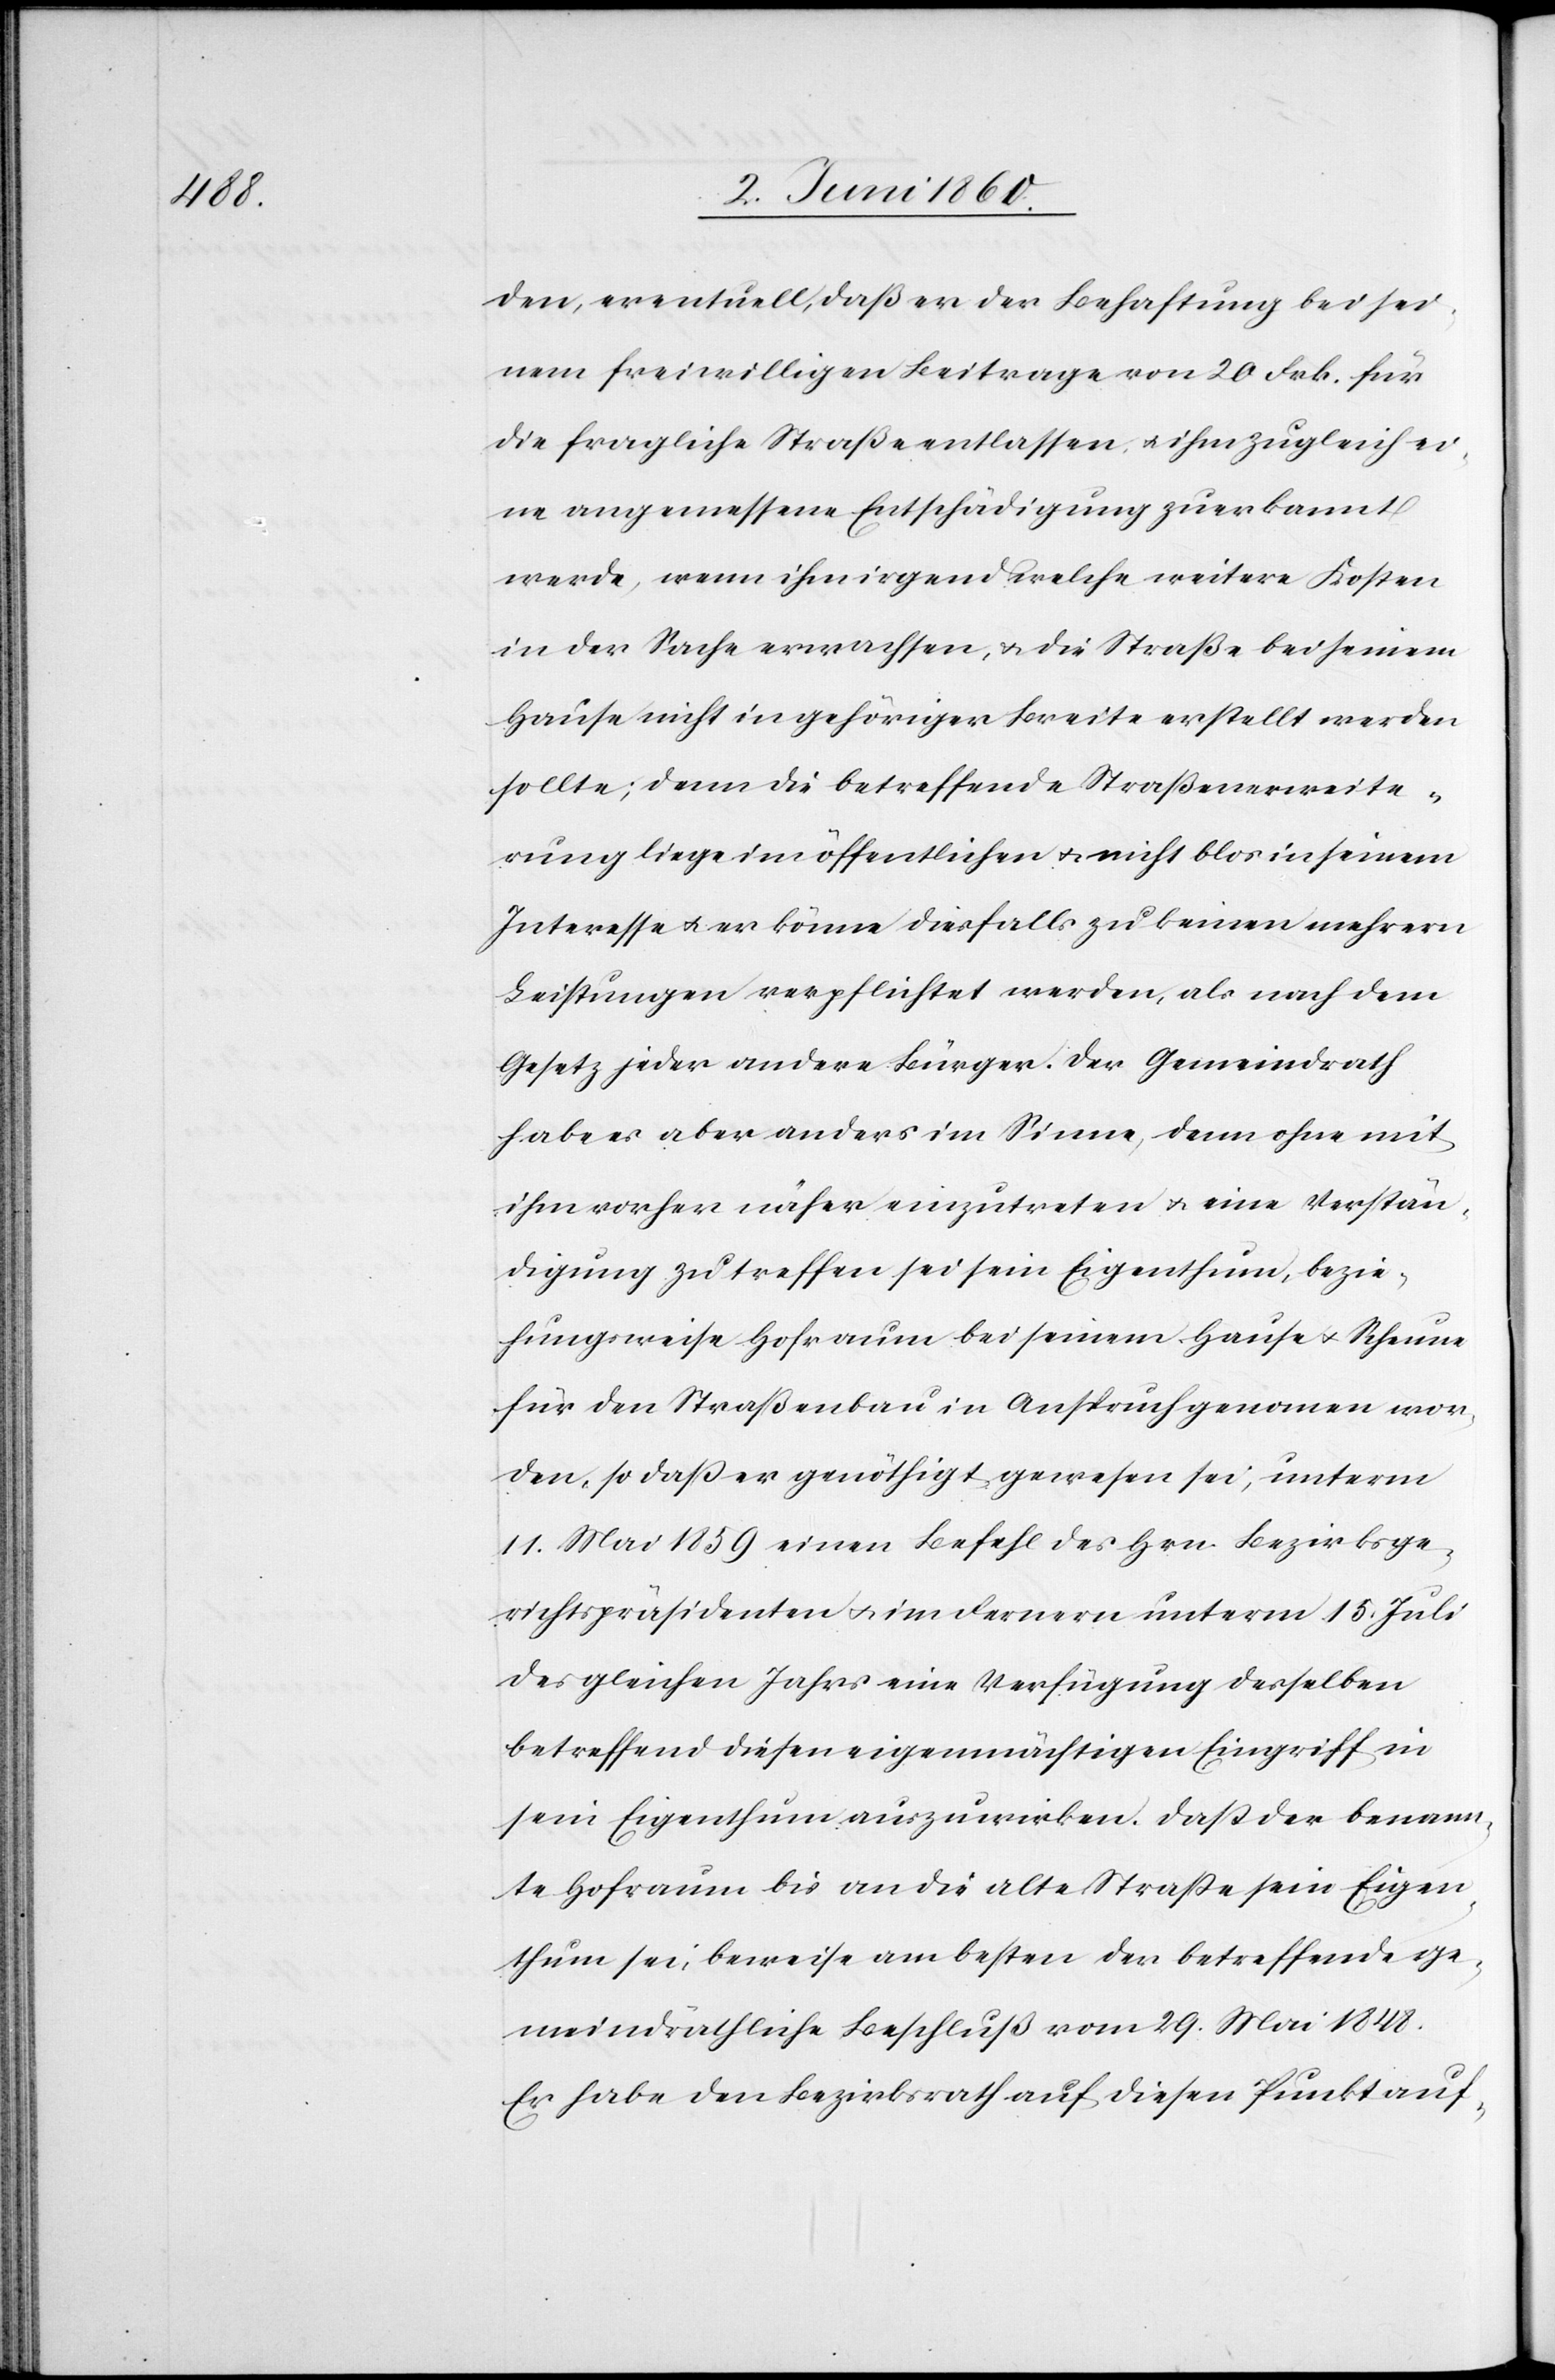
den, eventuell, daß er der Behaftung bei sei¬
nem freiwilligen Beitrage von 20. Frk. für
die fragliche Straße entlassen, u. ihm zugleich ei¬
ne angemessene Entschädigung zuerkannt
werde, wenn ihm irgend welche weitere Kosten
in der Sachen erwachsen, u. die Straße bei seinem
Hause nicht in gehöriger Breite erstellt werden
sollte; denn die betreffende Strassenerweite¬
rung liege im öffentlichen u. nicht blos in seinem
Interesse u. er könne diesfalls zu keinen mehrern
Leistungen verpflichtet werden, als nach dem
Gesetz jeder andere Bürger. Der Gemeindrath
habe es aber anders im Sinne, denn ohne mit
ihm vorher näher einzutreten u. eine Verstän¬
digung zu treffen sei sein Eigenthum, bezie¬
hungsweise Hofraum bei seinem Hause u. Scheune
für den Straßenbau in Anspruch genommen wor¬
den, so dass er genöthigt gewesen sei, unterm
11. Mai 1859 einen Befehl des Hrn. Bezirksge¬
richtspräsidenten u. im Fernern unterm 15. Juli
des gleichen Jahrs eine Verfügung desselben
betreffend diesen eigenmächtigen Eingriff in
sein Eigenthum auszuwirken. Dass der benann¬
te Hofraum bis an die alte Strasse sein Eigen¬
thum sei, beweise am besten der betreffende ge¬
meindräthliche Beschluß vom 29. Mai 1848.
Er habe den Bezirksrath auf diesen Punkt auf-